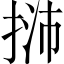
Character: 𢭿